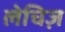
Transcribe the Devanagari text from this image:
लेचिज़